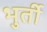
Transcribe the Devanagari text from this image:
भुर्ती